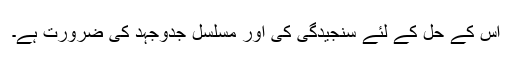
اس کے حل کے لئے سنجیدگی کی اور مسلسل جدوجہد کی ضرورت ہے۔